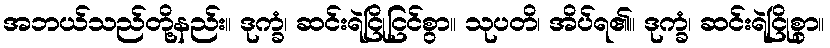
အဘယ်သည်တို့နည်း။ ဒုက္ခံ၊ ဆင်းရဲငြိုငြင်စွာ။ သုပတိ၊ အိပ်ရ၏။ ဒုက္ခံ၊ ဆင်းရဲငြိုစွာ။